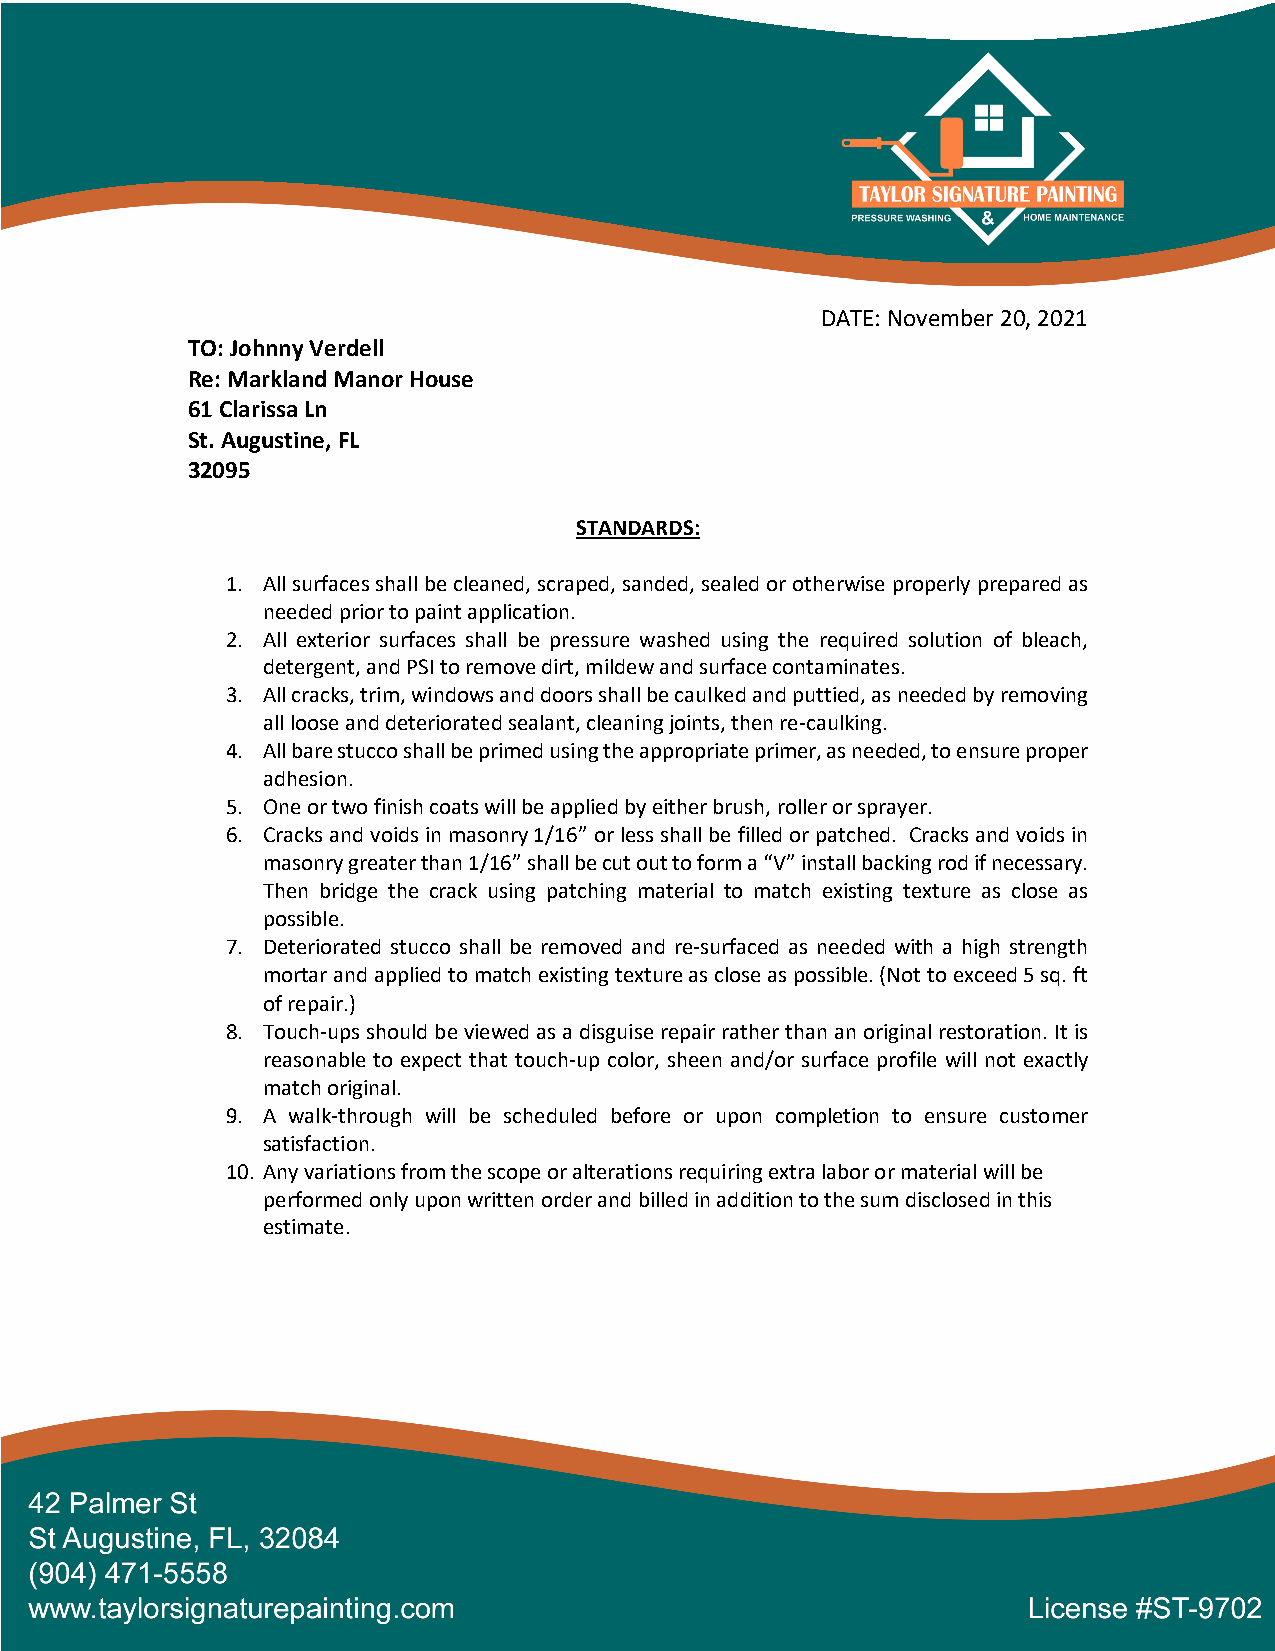
DATE: November 20, 2021
 TO: Johnny Verdell
 Re: Markland Manor House
 61 Clarissa Ln
 St. Augustine, FL
 32095
 STANDARDS:
 1. All surfaces shall be cleaned, scraped, sanded, sealed or otherwise properly prepared as
 needed prior to paint application.
 2. All exterior surfaces shall be pressure washed using the required solution of bleach,
 detergent, and PSI to remove dirt, mildew and surface contaminates.
 3. All cracks, trim, windows and doors shall be caulked and puttied, as needed by removing
 all loose and deteriorated sealant, cleaning joints, then re-caulking.
 4. All bare stucco shall be primed using the appropriate primer, as needed, to ensure proper
 adhesion.
 5. One or two finish coats will be applied by either brush, roller or sprayer.
 6. Cracks and voids in masonry 1/16” or less shall be filled or patched. Cracks and voids in
 masonry greater than 1/16” shall be cut out to form a “V” install backing rod if necessary.
 Then bridge the crack using patching material to match existing texture as close as
 possible.
 7. Deteriorated stucco shall be removed and re-surfaced as needed with a high strength
 mortar and applied to match existing texture as close as possible. (Not to exceed 5 sq. ft
 of repair.)
 8. Touch-ups should be viewed as a disguise repair rather than an original restoration. It is
 reasonable to expect that touch-up color, sheen and/or surface profile will not exactly
 match original.
 9. A walk-through will be scheduled before or upon completion to ensure customer
 satisfaction.
 10. Any variations from the scope or alterations requiring extra labor or material will be
 performed only upon written order and billed in addition to the sum disclosed in this
 estimate.
 42 Palmer St
 St Augustine, FL, 32084
 (904) 471-5558
 www.taylorsignaturepainting.com                                   License #ST-9702